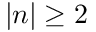
| n | \ge 2